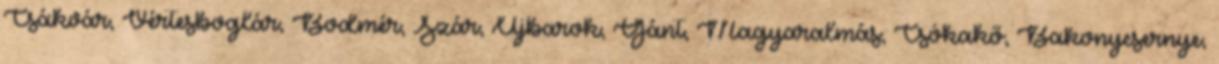
Csákvár, Vértesboglár, Bodmér, Szár, Újbarok, Gánt, Magyaralmás, Csókakő, Bakonycsernye,